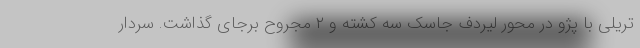
تریلی با پژو در محور لیردف جاسک سه کشته و ۲ مجروح برجای گذاشت. سردار